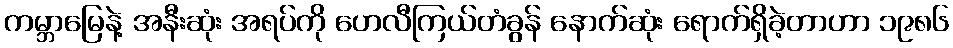
ကမ္ဘာမြေနဲ့ အနီးဆုံး အရပ်ကို ဟေလီကြယ်တံခွန် နောက်ဆုံး ရောက်ရှိခဲ့တာဟာ ၁၉၈၆